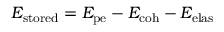
E _ { \mathrm { s t o r e d } } = E _ { \mathrm { p e } } - E _ { \mathrm { c o h } } - E _ { \mathrm { e l a s } }